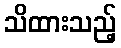
သိထားသည့်